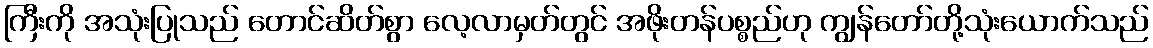
ကြီးကို အသုံးပြုသည် တောင်ဆိတ်စွာ လေ့လာမှတ်တွင် အဖိုးတန်ပစ္စည်ဟု ကျွန်တော်တို့သုံးယောက်သည်